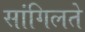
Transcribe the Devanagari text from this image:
सांगिलते